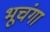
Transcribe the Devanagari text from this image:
भूचंगा